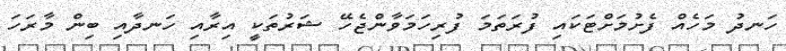
ހަނދު މަހެއް ފެށުމަށްޓަކައި ފުރަތަމަ ފުރިހަމަވާންޖެހޭ ޝަރުތަކީ އިރާއި ހަނދާއި ބިން މާރަހަ